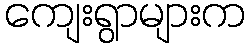
ကျေးရွာများက